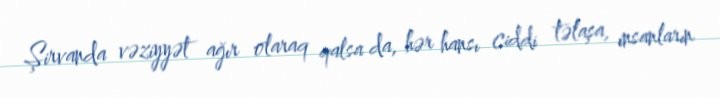
Şirvanda vəziyyət ağır olaraq qalsa da, hər hansı ciddi təlaşa, insanların